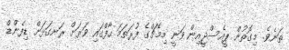
ތަނެވެ. މިގޮތުން ޕީއެސްޖީއިން ވަނީ މިމެޗްގެ ފުރަތަމަ ހާފްގައި ވަރަށް ރަނގަޅަށް ޑިފެންޑް